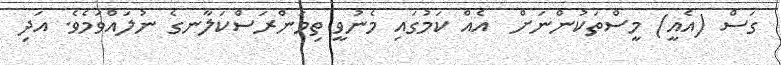
ގަސް (އެއީ) މީސްތަކުންނަށް  އެއް ކަމުގައި މެނުވީ ތިމަންރަސްކަލާނގެ ނުލައްވަމެވެ. އަދި